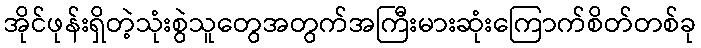
အိုင်ဖုန်းရှိတဲ့သုံးစွဲသူတွေအတွက်အကြီးမားဆုံးကြောက်စိတ်တစ်ခု